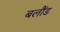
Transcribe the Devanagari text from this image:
बलौंड